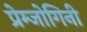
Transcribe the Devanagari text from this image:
प्रेम्जोगिनी